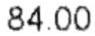
84.00